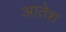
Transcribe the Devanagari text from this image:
आतेश